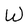
Character: W